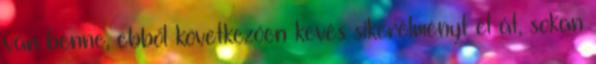
van benne, ebből következően kevés sikerélményt él át, sokan